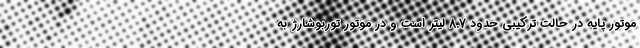
موتور پایه در حالت ترکیبی حدود 8.7 لیتر است و در موتور توربوشارژ به